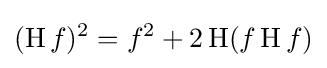
(\operatorname {H} f)^{2}=f^{2}+2\operatorname {H} (f\operatorname {H} f)